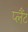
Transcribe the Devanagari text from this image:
प्लैंट